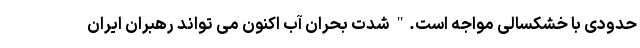
حدودی با خشکسالی مواجه است." شدت بحران آب اکنون می تواند رهبران ایران